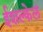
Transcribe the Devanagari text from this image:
ईशल्केल